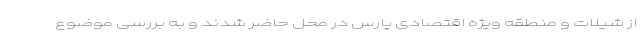
از شیلات و منطقه ویژه اقتصادی پارس در محل حاضر شدند و به بررسی موضوع